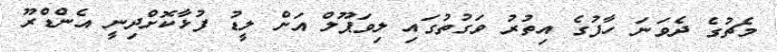
މެޗުގެ ދެވަނަ ހާފުގެ އިތުރު ވަގުތުގައި ލިވަޕޫލް އަށް ލީޑު ފުޅާކޮށްދިނީ އެންޑްރޫ